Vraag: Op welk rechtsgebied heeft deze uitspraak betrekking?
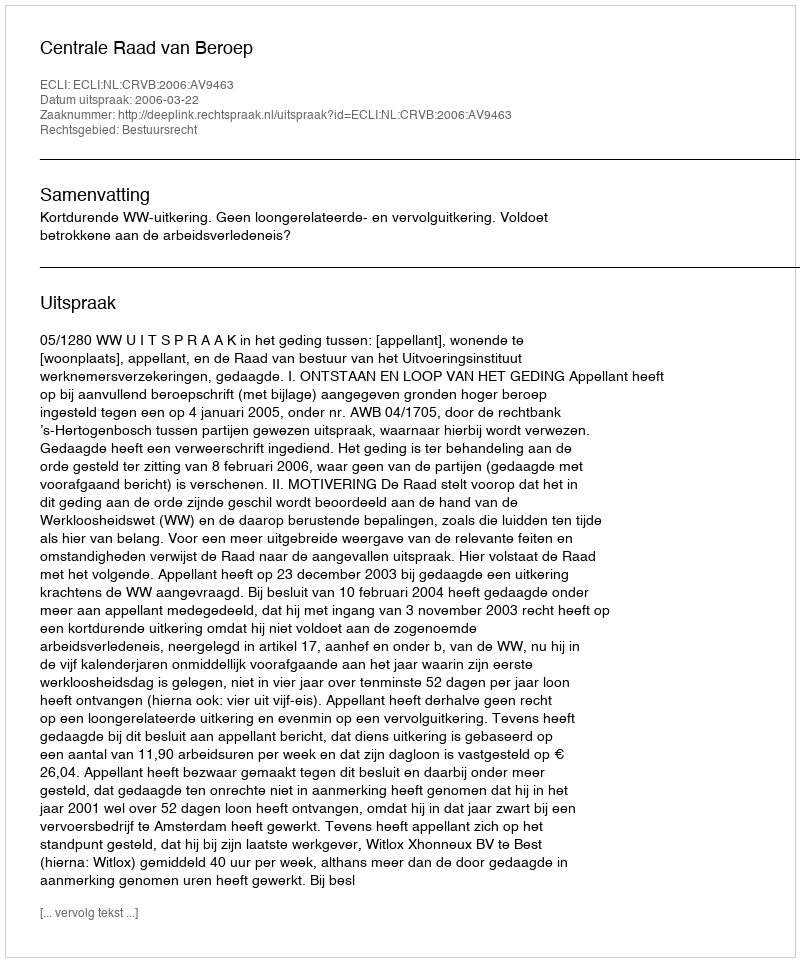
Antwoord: Bestuursrecht